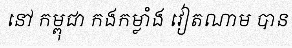
នៅ កម្ពុជា កងកម្លាំង វៀតណាម បាន